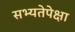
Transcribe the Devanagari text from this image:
सभ्यतेपेक्षा